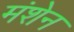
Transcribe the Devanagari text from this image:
मंशेन